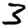
Digit: 3